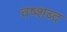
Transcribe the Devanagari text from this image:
वष्शब्द